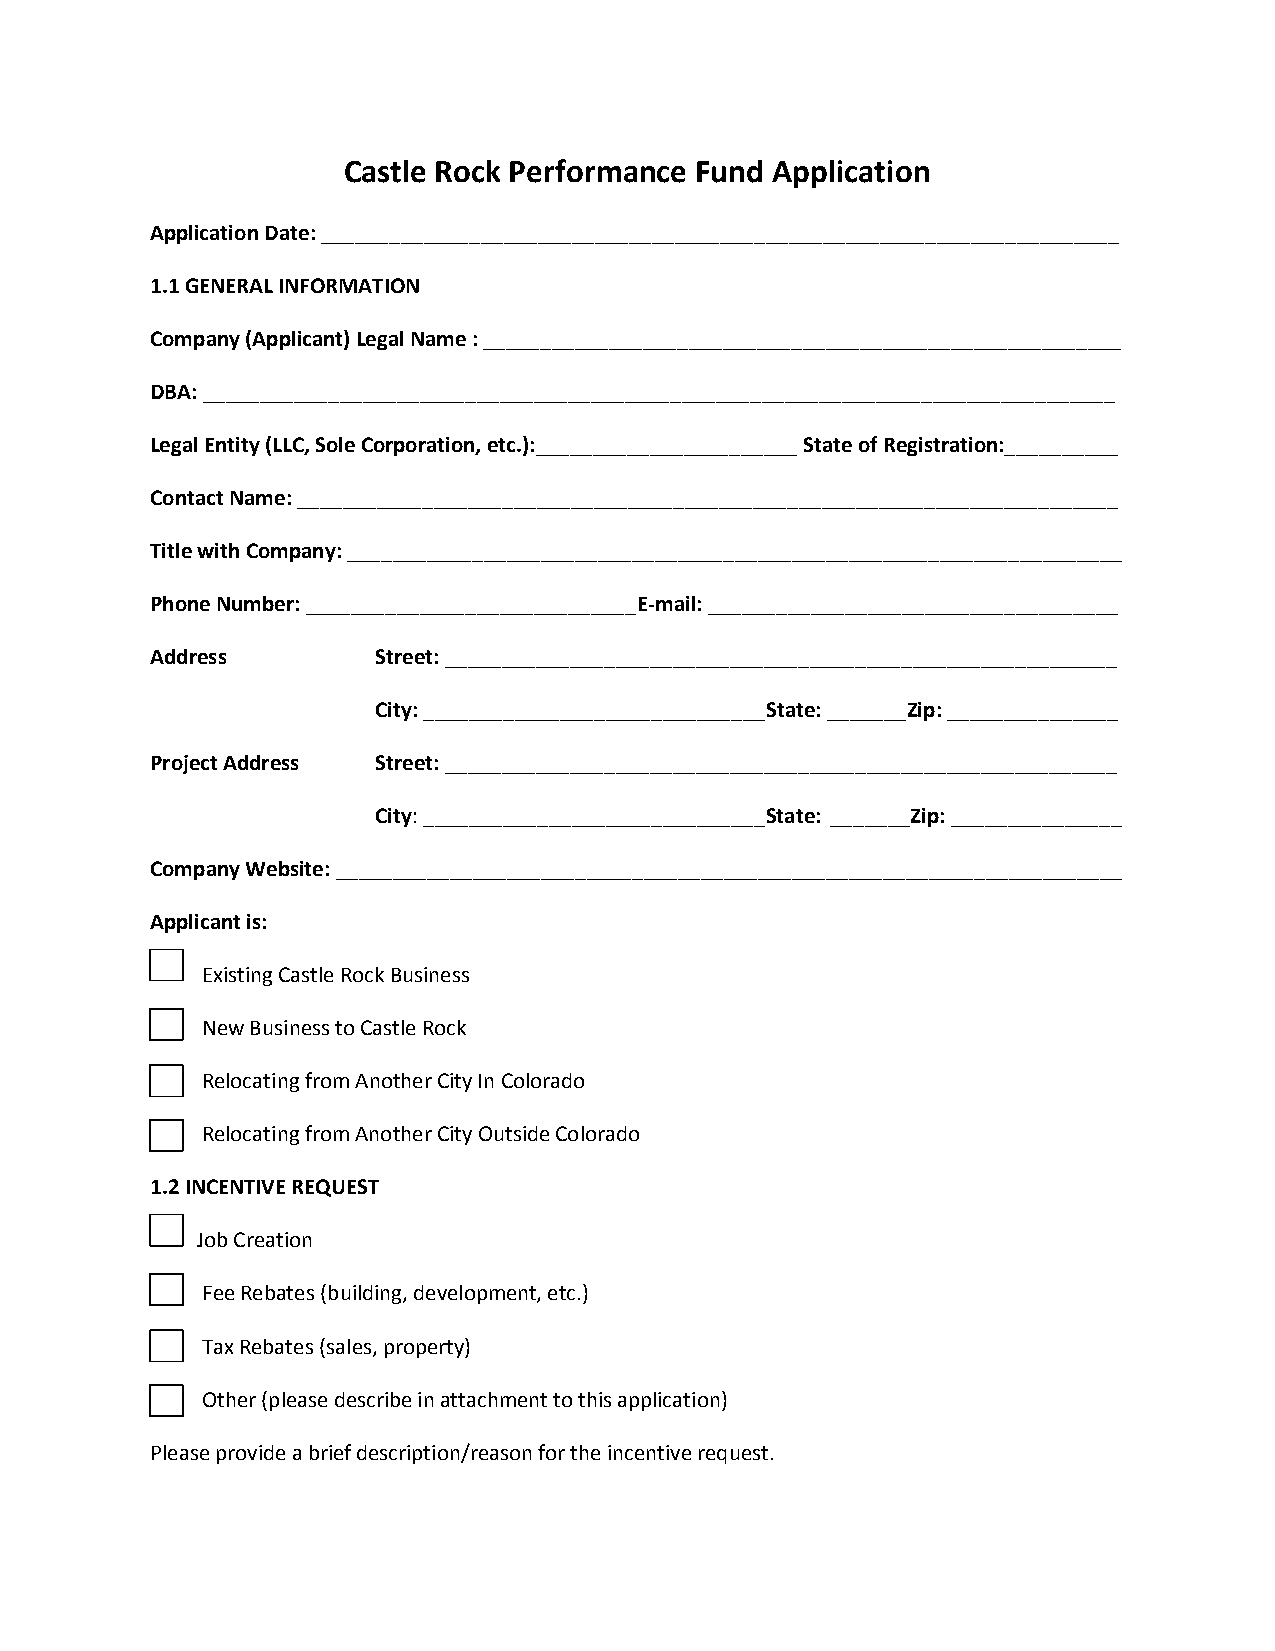
Castle Rock Performance Fund Application
 Application Date: ______________________________________________________________________
 1.1 GENERAL INFORMATION
 Company (Applicant) Legal Name : ________________________________________________________
 DBA: ________________________________________________________________________________
 Legal Entity (LLC, Sole Corporation, etc.):_______________________ State of Registration:__________
 Contact Name: ________________________________________________________________________
 Title with Company: ____________________________________________________________________
 Phone Number: _____________________________E-mail: ____________________________________
 Address        Street: ___________________________________________________________
 City: ______________________________State: _______Zip: _______________
 Project Address Street: ___________________________________________________________
 City: ______________________________State: _______Zip: _______________
 Company Website: _____________________________________________________________________
 Applicant is:
 Existing Castle Rock Business
 New Business to Castle Rock
 Relocating from Another City In Colorado
 Relocating from Another City Outside Colorado
 1.2 INCENTIVE REQUEST
 Job Creation
 Fee Rebates (building, development, etc.)
 Tax Rebates (sales, property)
 Other (please describe in attachment to this application)
 Please provide a brief description/reason for the incentive request.